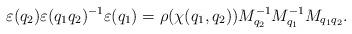
LaTeX: \begin{align*}\varepsilon(q_2) \varepsilon(q_1q_2)^{-1} \varepsilon(q_1)= \rho(\chi(q_1,q_2))M_{q_2}^{-1}M_{q_1}^{-1}M_{q_1q_2}.\end{align*}